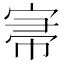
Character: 𡨦